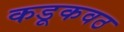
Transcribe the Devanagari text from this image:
कडूकवठ